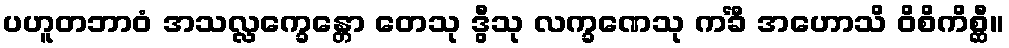
ပဟူတဘာဝံ အသလ္လက္ခေန္တော တေသု ဒွီသု လက္ခဏေသု ကင်္ခီ အဟောသိ ဝိစိကိစ္ဆီ။